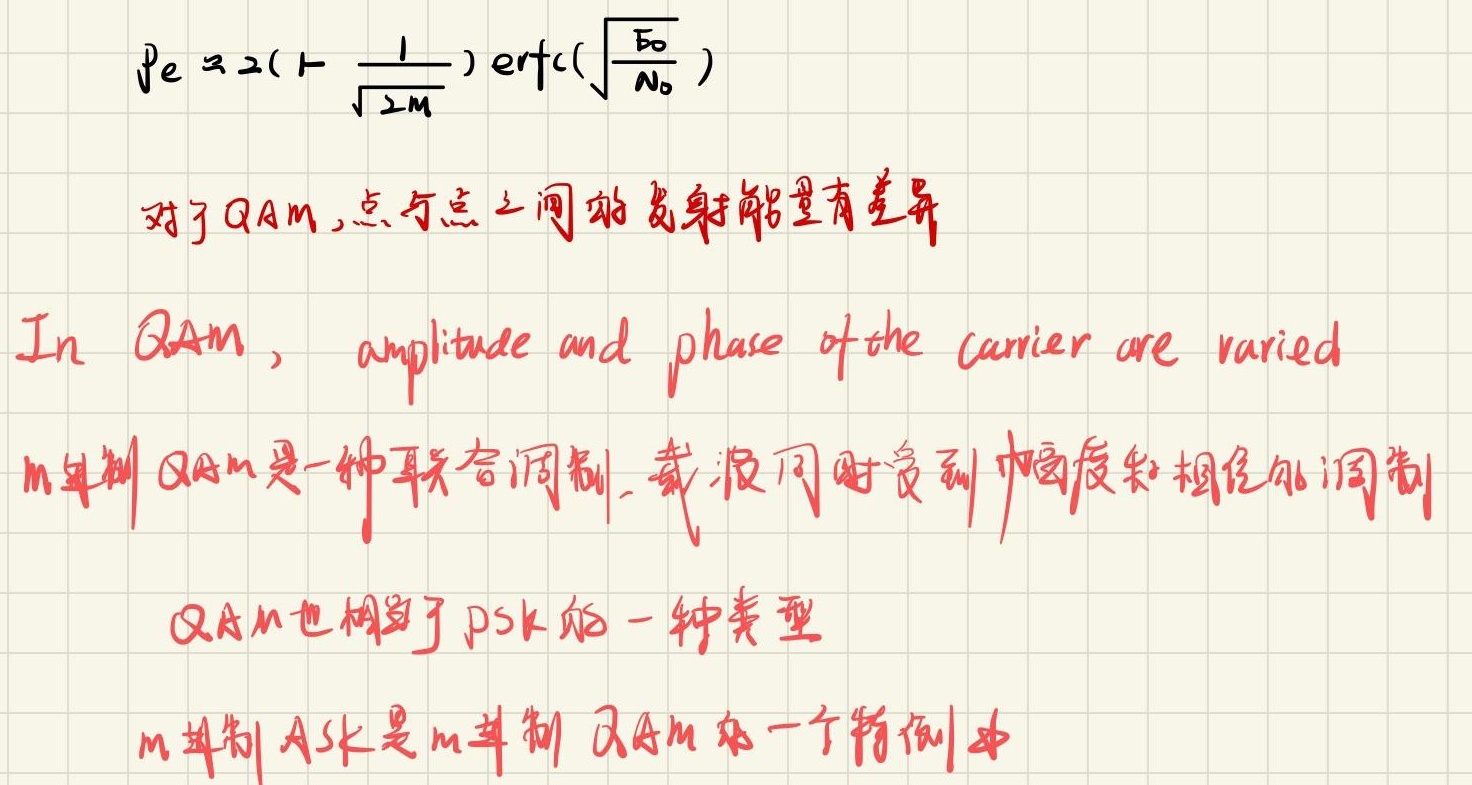
\[
P_e \approx 2\left(1 - \frac{1}{\sqrt{2M}}\right) \text{erfc}\left(\sqrt{\frac{E_b}{N_0}}\right)
\]

对于QAM，点与点之间的发射能量有差异

In QAM, amplitude and phase of the carrier are varied

m进制QAM是一种联合调制，载波同时受到幅度和相位的调制

QAM也相当于PSK的一种类型

m进制ASK是m进制QAM的一个特例